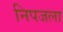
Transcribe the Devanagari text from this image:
निपजला